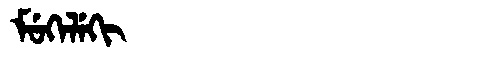
Manchu: ᠮᡠᡴᡝᠯᡝᡴᡳ
Romanization: MUKELEKI